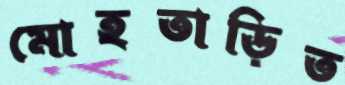
মোহতাড়িত